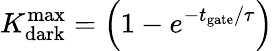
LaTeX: K_{\mathrm{dark}}^{\mathrm{max}}=\left(1-e^{-{t_{\mathrm{gate}}}/{\tau}}\right)